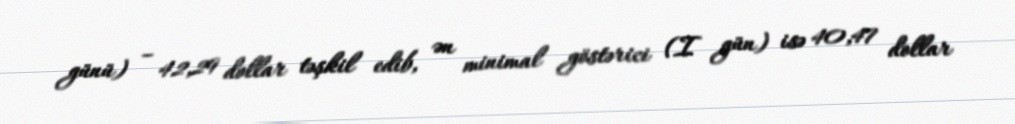
günü) – 42,29 dollar təşkil edib, ən minimal göstərici (I gün) isə 40,47 dollar